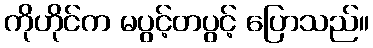
ကိုဟိုင်က မပွင့်တပွင့် ပြောသည်။